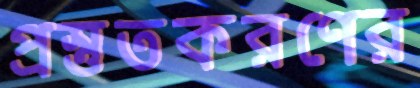
প্রস্তুতকরণের